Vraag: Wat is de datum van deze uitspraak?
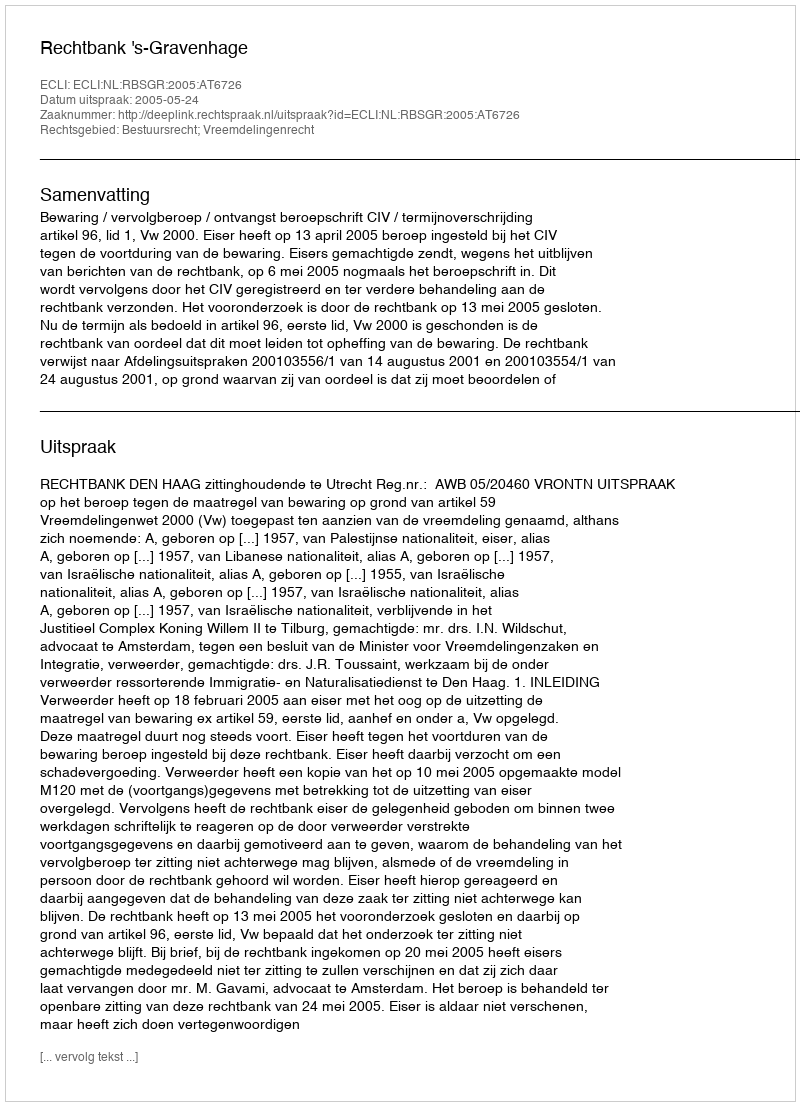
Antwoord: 2005-05-24